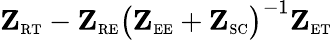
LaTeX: \mathbf{Z}_{\scriptscriptstyle\mathrm{R}\scriptscriptstyle\mathrm{T}}-\mathbf{Z}_{\scriptscriptstyle\mathrm{R}\scriptscriptstyle\mathrm{E}}\big(\mathbf{Z}_{\scriptscriptstyle\mathrm{E}\scriptscriptstyle\mathrm{E}}+\mathbf{Z}_{\scriptscriptstyle\mathrm{SC}}\big)^{-1}\mathbf{Z}_{\scriptscriptstyle\mathrm{E}\scriptscriptstyle\mathrm{T}}